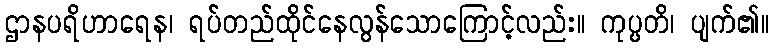
ဌာနပရိဟာရေန၊ ရပ်တည်ထိုင်နေလွန်သောကြောင့်လည်း။ ကုပ္ပတိ၊ ပျက်၏။